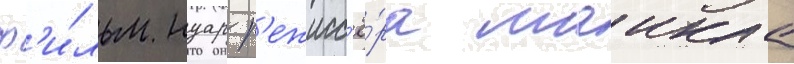
ф'и́льм нуар р'ежисс'ё́ра маикла